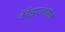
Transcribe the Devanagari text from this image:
वेनेझुएलातील